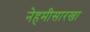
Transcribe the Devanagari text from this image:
नेहमीसारखा